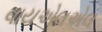
વાયએલએલ